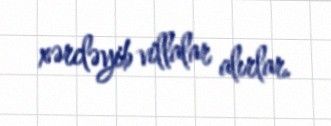
xərcləyib villalar alırlar.